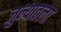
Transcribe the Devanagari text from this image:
जुन्यातला